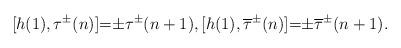
LaTeX: \begin{align*}[h(1),\tau^{\pm}(n)]{=}{\pm} \tau^{\pm}(n+1),[h(1),\overline{\tau}^{\pm}(n)]{=}{\pm} \overline{\tau}^{\pm}(n+1).\end{align*}